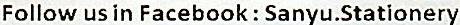
FOLLOW US IN FACEBOOK : SANYU.STATIONERY